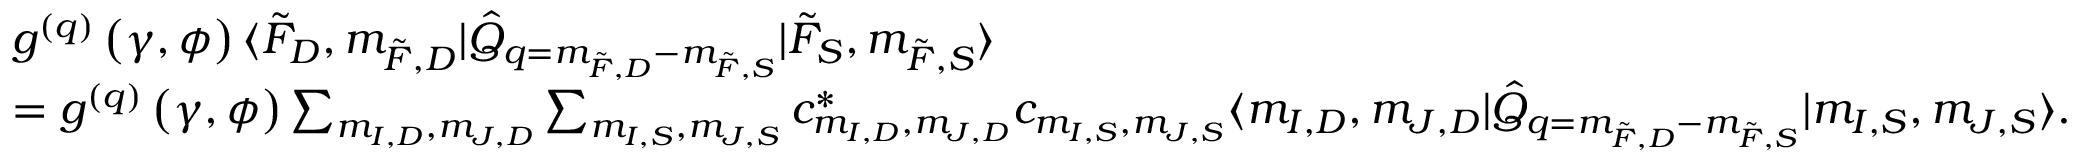
\begin{array} { r l } & { g ^ { ( q ) } \left( \gamma , \phi \right) \langle \Tilde { F } _ { D } , m _ { \Tilde { F } , D } \rvert \hat { Q } _ { q = m _ { \Tilde { F } , D } - m _ { \Tilde { F } , S } } \lvert \Tilde { F } _ { S } , m _ { \Tilde { F } , S } \rangle } \\ & { = g ^ { ( q ) } \left( \gamma , \phi \right) \sum _ { m _ { I , D } , m _ { J , D } } \sum _ { m _ { I , S } , m _ { J , S } } c _ { m _ { I , D } , m _ { J , D } } ^ { * } c _ { m _ { I , S } , m _ { J , S } } \langle m _ { I , D } , m _ { J , D } \rvert \hat { Q } _ { q = m _ { \Tilde { F } , D } - m _ { \Tilde { F } , S } } \lvert m _ { I , S } , m _ { J , S } \rangle . } \end{array}